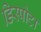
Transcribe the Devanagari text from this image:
डिस्पोटा